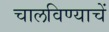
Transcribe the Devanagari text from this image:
चालविण्याचें